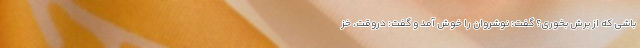
باشی که از بَرَش بخوری؟ گفت: نوشِروان را خوش آمد و گفت: دروقت، خز